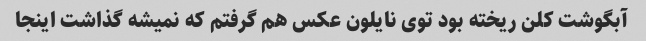
آبگوشت کلن ریخته بود توی نایلون عکس هم گرفتم که نمیشه گذاشت اینجا